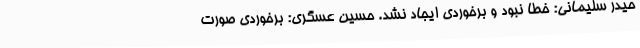
حیدر سلیمانی: خطا نبود و برخوردی ایجاد نشد. حسین عسگری: برخوردی صورت